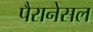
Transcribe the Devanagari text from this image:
पैरानेसल